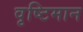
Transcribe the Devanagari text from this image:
वृष्टिमान